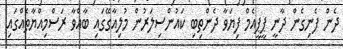
ދެން ފެނިގެން ދާނީ ޕީޕީއެމް ފިޔަވާ ދެންތިބި ކައުންސިލަރުން މުލިއާގޭގައި ބާއްވާ ރަސްމިއްޔާތެއްގައި